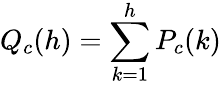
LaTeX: Q_{c}(h)=\sum_{k=1}^{h}P_{c}(k)